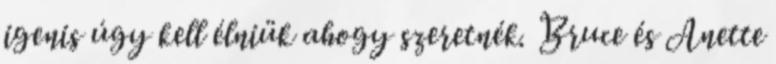
igenis úgy kell élniük ahogy szeretnék. Bruce és Anette